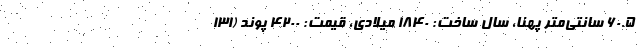
۶۰.۵ سانتی‌متر پهنا، سال ساخت: ۱۸۴۰ میلادی، قیمت: ۴۲۰۰ پوند (۱۳۱